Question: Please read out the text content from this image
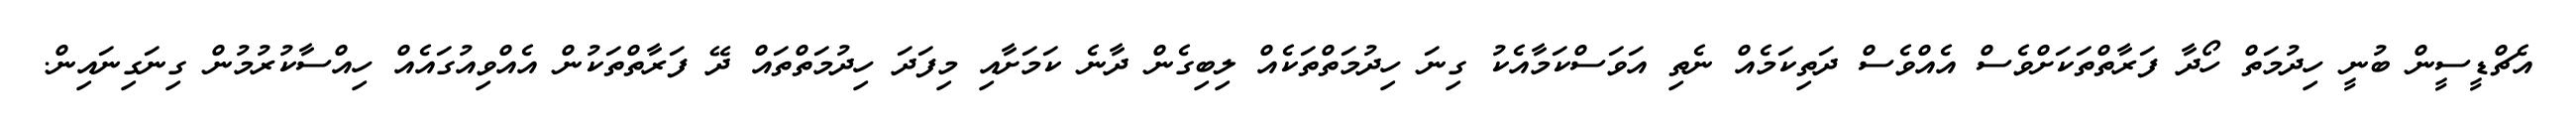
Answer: އެޗްޑީސީން ބުނީ ހިދުމަތް ހޯދާ ފަރާތްތަކަށްވެސް އެއްވެސް ދަތިކަމެއް ނެތި އަވަސްކަމާއެކު ގިނަ ހިދުމަތްތަކެއް ލިބިގެން ދާނެ ކަމަށާއި މިފަދަ ހިދުމަތްތައް ދޭ ފަރާތްތަކުން އެއްވިއުގައެއް ހިއްސާކުރުމުން ގިނަގިނައިން.